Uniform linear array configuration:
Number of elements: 8
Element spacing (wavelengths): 0.75
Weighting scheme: uniform
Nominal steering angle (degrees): -15
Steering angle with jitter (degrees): -15.315
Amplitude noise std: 0.05
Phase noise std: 0.05

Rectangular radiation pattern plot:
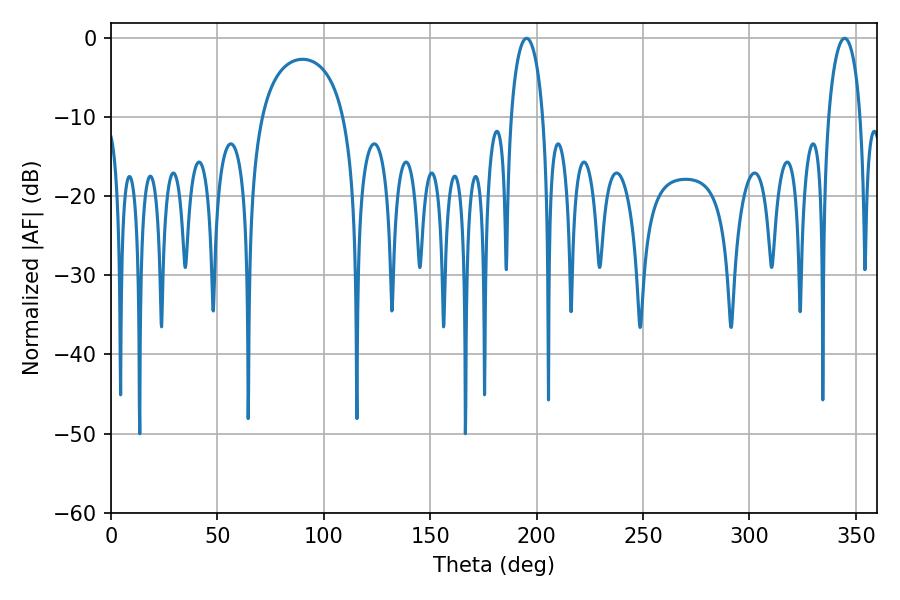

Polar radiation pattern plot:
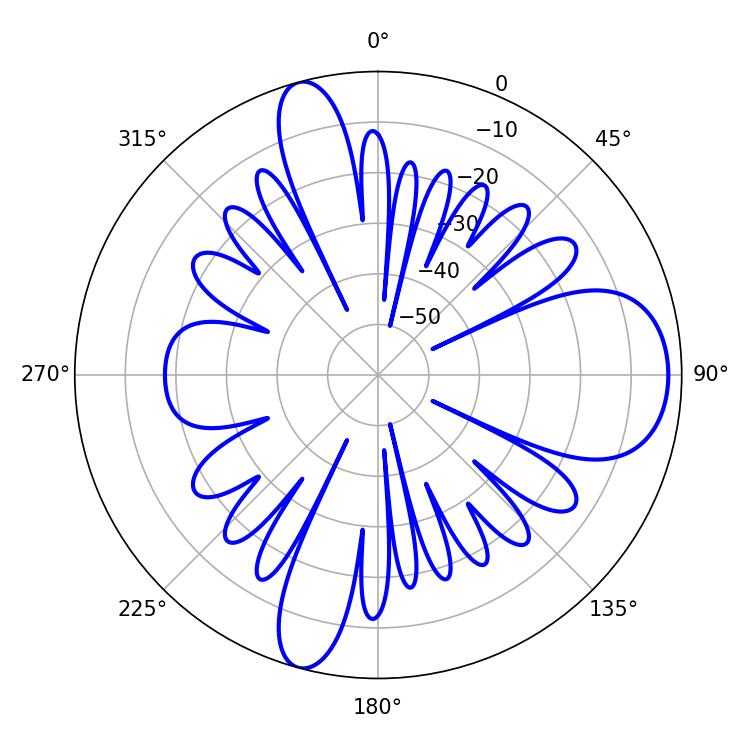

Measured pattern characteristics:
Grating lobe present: TRUE
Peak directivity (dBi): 10.812
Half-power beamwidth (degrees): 8.64
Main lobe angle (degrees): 195.3